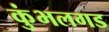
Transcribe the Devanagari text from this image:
कुंभलगड